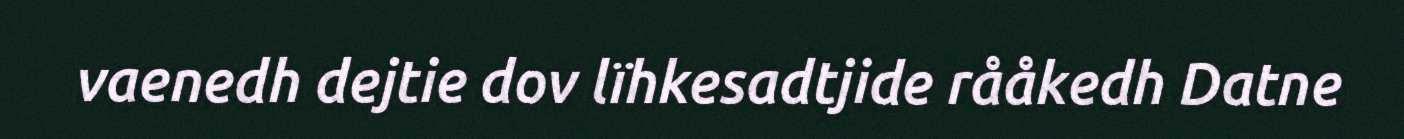
vaenedh dejtie dov lïhkesadtjide rååkedh Datne